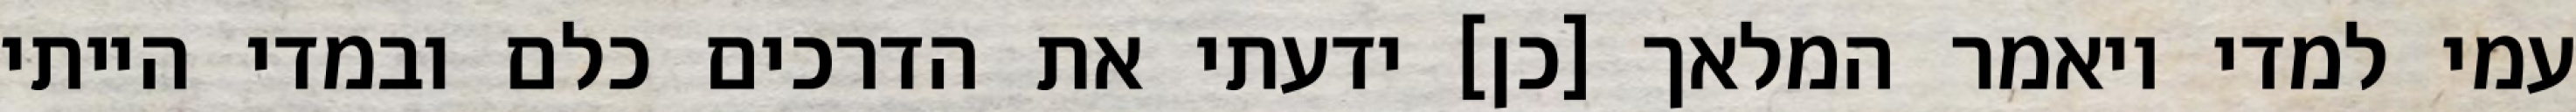
עמי למדי ויאמר המלאך [כן] ידעתי את הדרכים כלם ובמדי הייתי